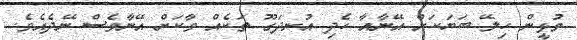
މުޅީން ހިލޭ ބަޔަކަށް އޭނާއާ ހެދި އުނދަގޫ ތަކެއް ވާކަށް އޭނާވެސް ނޭދެއެވެ.